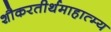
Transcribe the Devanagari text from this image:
शौकरतीर्थमाहात्म्य